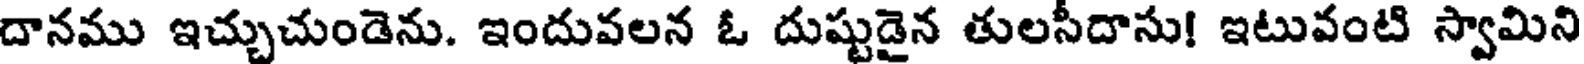
దానము ఇచ్చుచుండెను. ఇందువలన ఓ దుష్టుడైన తులసీదాసు! ఇటువంటి స్వామిని